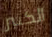
الكثير